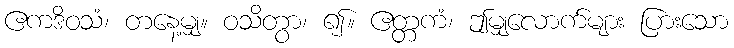
ဧကဒိဝသံ၊ တနေ့မျှ။ ဝသိတွာ၊ ၍။ ဧတ္တကံ၊ ဤမျှလောက်များ ပြားသော